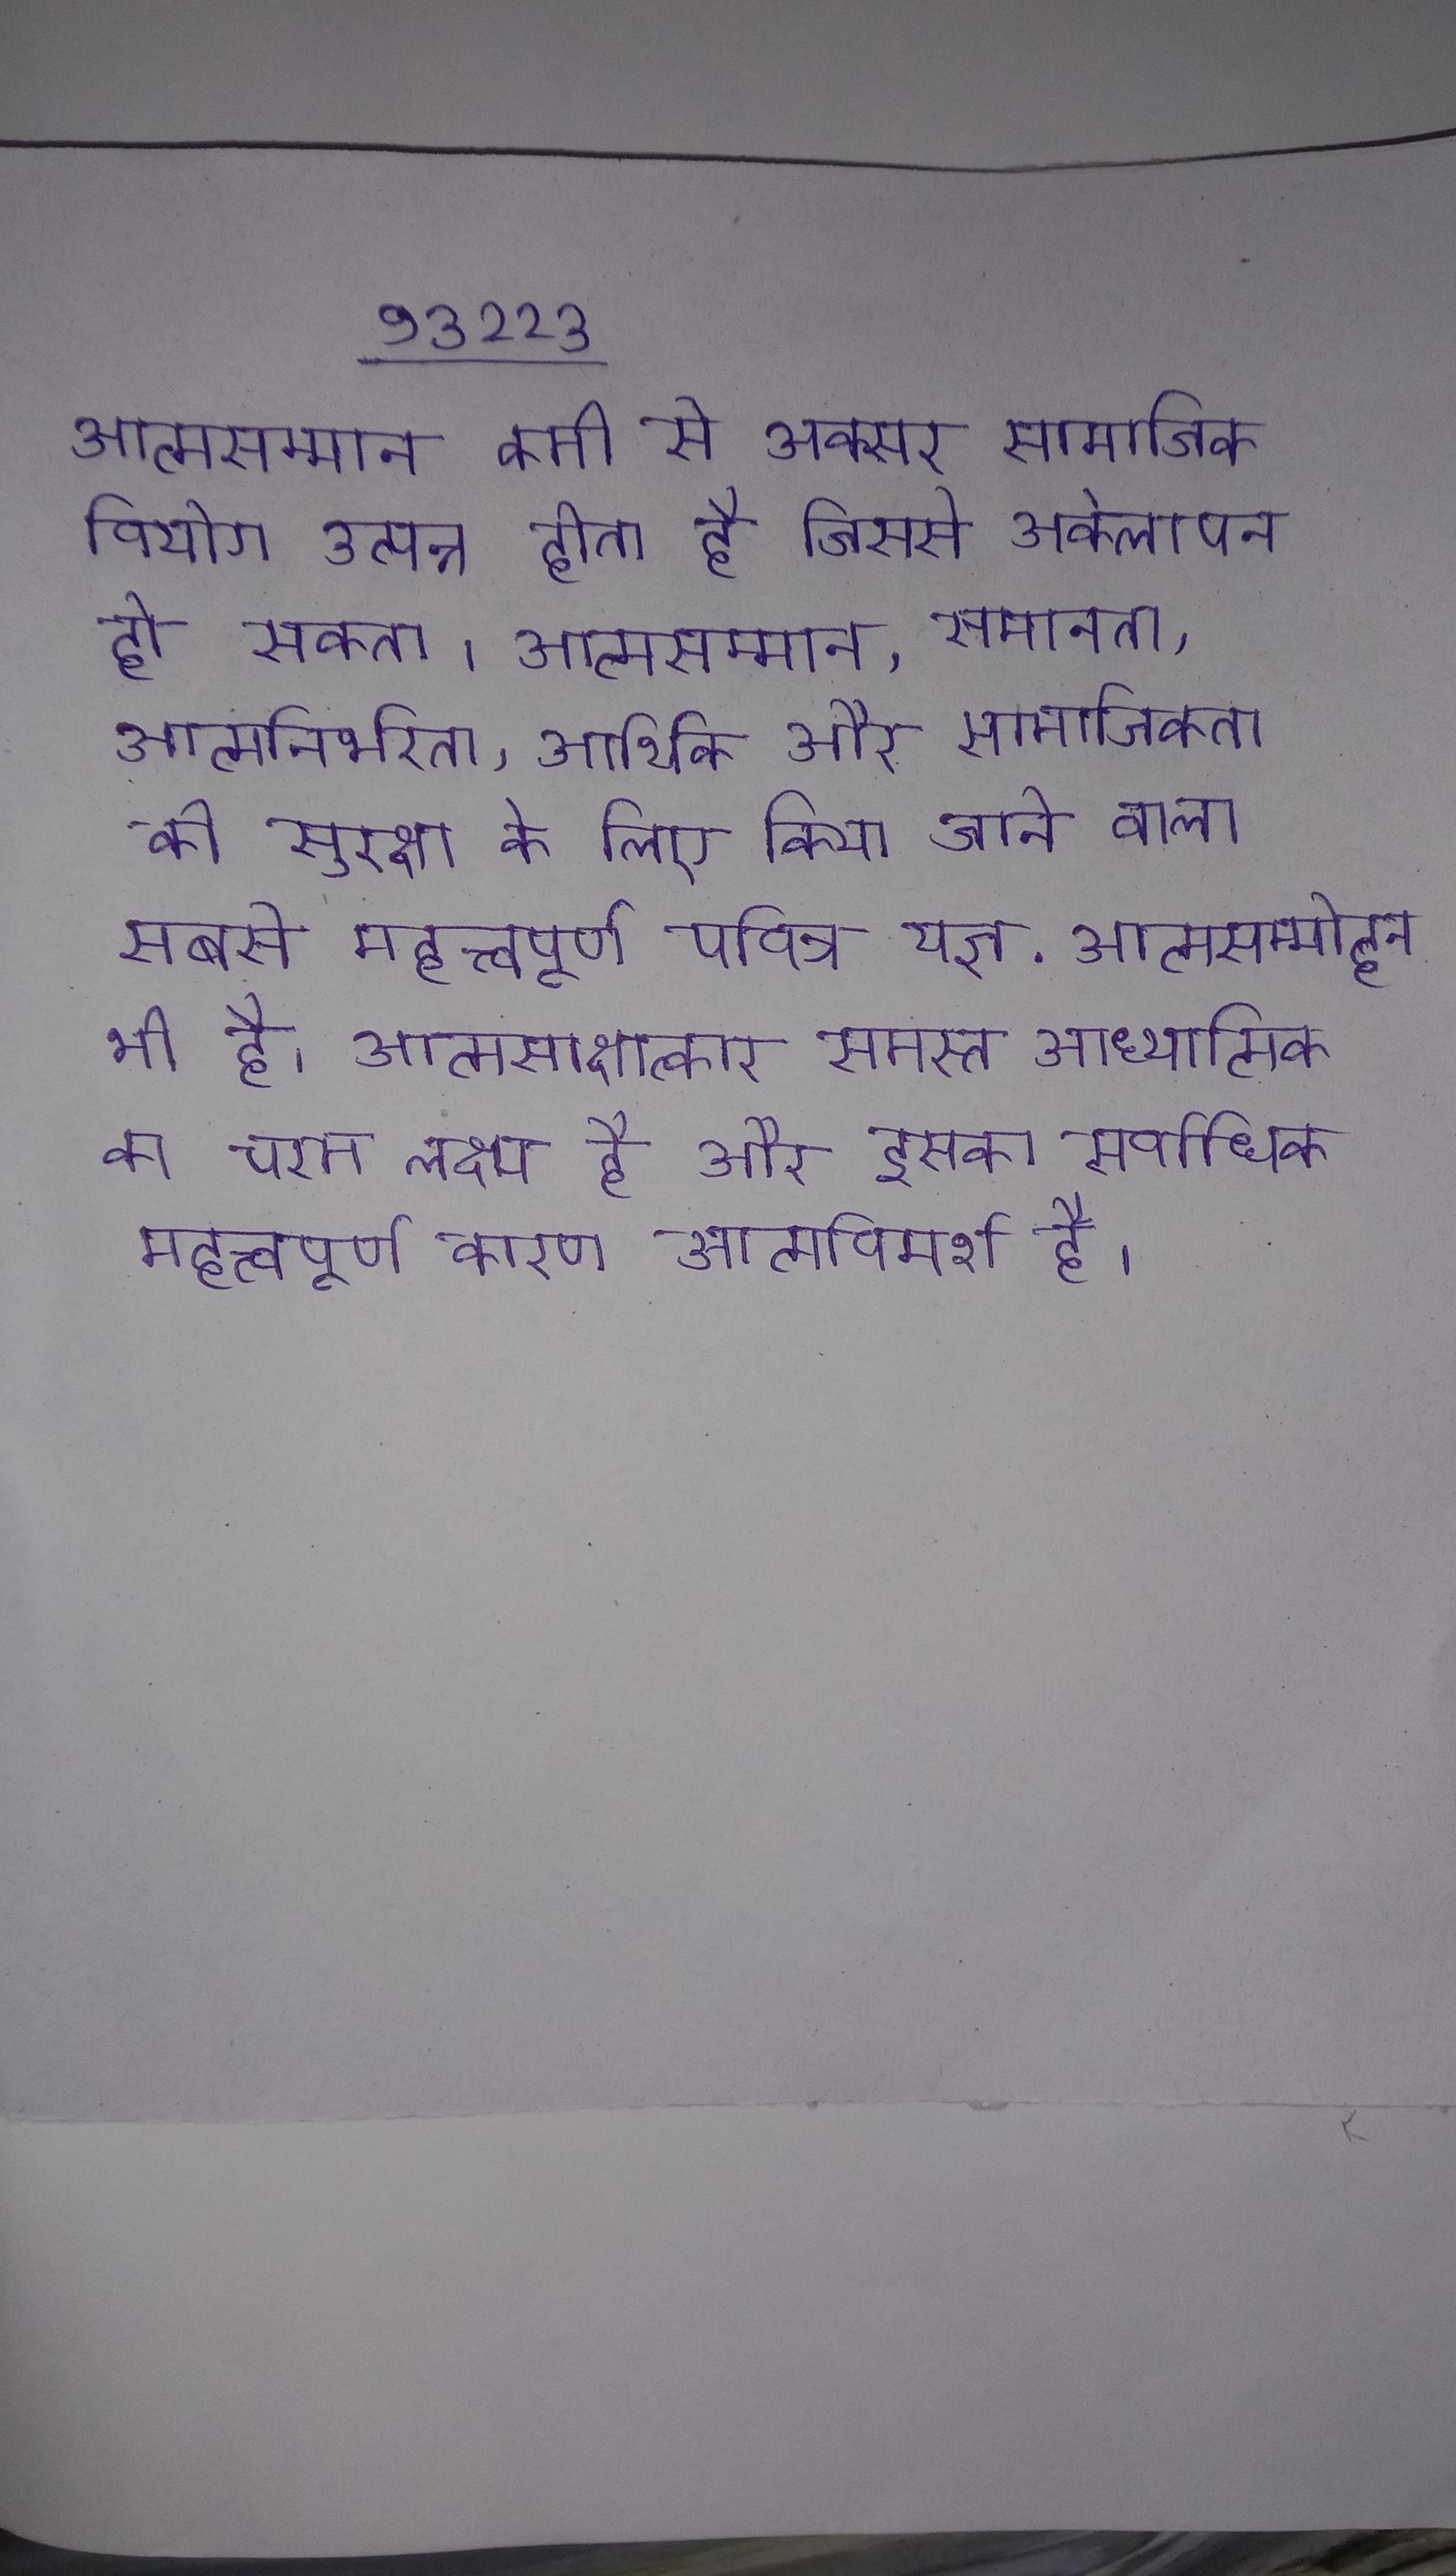
आत्मसम्मान कमी से अक्सर सामाजिक वियोग उत्पन्न होता है जिससे अकेलापन हो सकता । आत्मसम्मान, समानता, आत्मनिर्भरता, आर्थिक और सामाजिकता की सुरक्षा के लिए किया जाने वाला सबसे महत्त्वपूर्ण पवित्र यज्ञ . आत्मसम्मोहन भी है । आत्मसाक्षात्कार समस्त आध्यात्मिक का चरम लक्ष्य है और इसका सर्वाधिक महत्त्वपूर्ण कारण आत्मविमर्श है ।